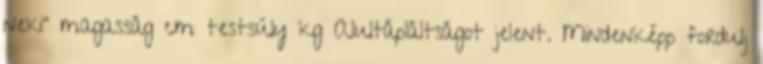
neki” magasság cm testsúly kg Alultápláltságot jelent. Mindenképp fordulj